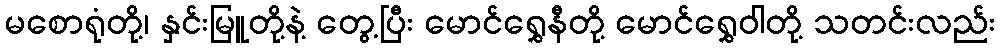
မစောရုံတို့၊ နှင်းမြူတို့နဲ့ တွေ့ပြီး မောင်ရွှေနီတို့ မောင်ရွှေဝါတို့ သတင်းလည်း